Civil Veterinary Dept. North-West Frontier Province 1901-22 - 1901-1922
Year: 1901
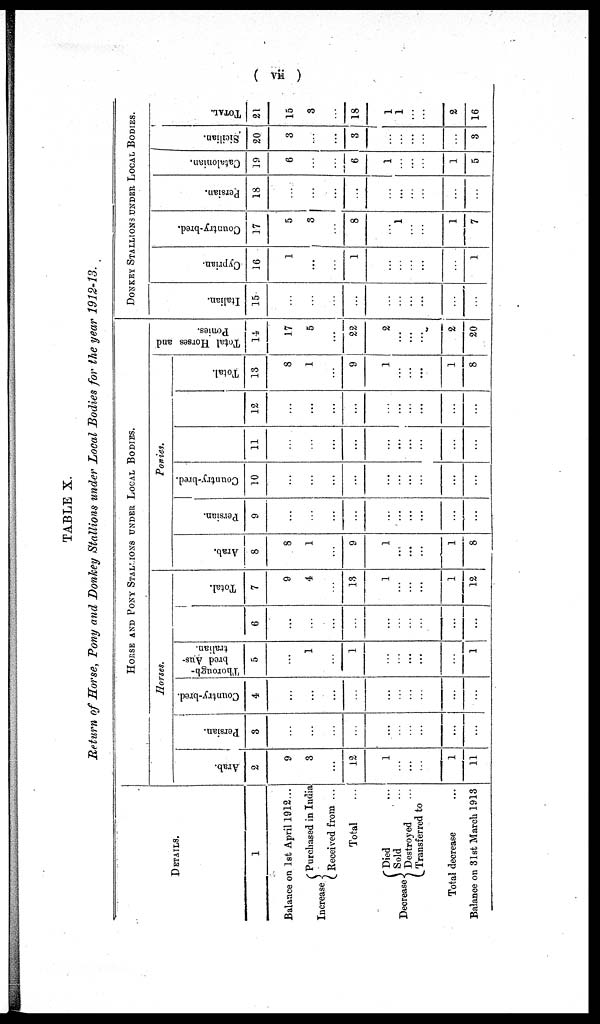
( vii )
TABLE X.
Return of Horse, Pony and Donkey Stallions under Local Bodies for the year 1912-13.
DETAILS.
1
Balance on 1st April 1912 ...
Increase
Purchased in India
Received from ...
Total
Decrease
Died ...
Sold ...
Destroyed
Transferred to
Total decrease
Balance on 31st March 1913
HORSE AND PONY STALLION UNDER LOCAL BODIES.
Horses.
Arab.
2
9
3
...
12
1
...
...
...
1
11
Persian.
3
...
...
...
...
...
...
...
...
...
...
Country-bred.
4
...
...
...
...
...
...
...
...
...
...
Thorough-
bred Aus-
tralian.
5
...
1
1
...
...
...
...
...
1
6
...
...
...
...
...
...
...
...
...
...
Total.
7
9
4
...
13
1
...
...
...
1
12
Ponies.
Arab.
8
8
1
...
9
1
...
...
...
1
8
Persian.
9
...
...
...
...
...
...
...
...
...
...
Country-bred.
10
...
...
...
...
...
...
...
...
...
11
...
...
...
...
...
...
...
...
...
...
12
...
...
...
...
...
...
...
...
...
...
Total.
13
8
1
9
1
...
...
...
1
8
Total Horses and
Ponies.
14
17
5
...
22
2
...
...
...
2
20
DONKEY STALLION UNDER LOCAL BODIES.
Italian.
15
...
...
...
...
...
...
...
...
...
...
Cypr i
an.
16
1
...
...
1
...
...
...
...
...
1
Count r
y- br e d.
17
5
3
...
8
...
1
...
...
1
7
Persian.
18
...
...
...
...
...
...
...
...
...
...
Catalonian.
19
6
...
...
6
1
...
...
...
1
5
Sicilian.
20
3
...
...
3
...
...
...
...
...
3
TOTAL.
21
15
3
...
18
1
1
...
...
2
16